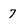
Character: 7